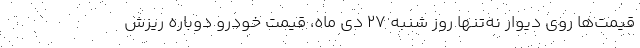
قیمت‌ها روی دیوار نه‌تنها روز شنبه ۲۷ دی ماه، قیمت خودرو دوباره ریزش